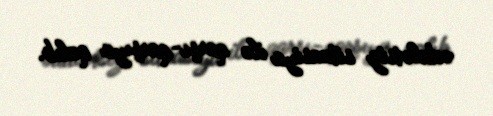
ədalətsiz situasiya ilə qarşı-qarşıya qalıb.